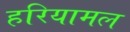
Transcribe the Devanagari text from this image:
हरियामल